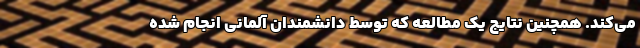
می‌کند. همچنین نتایج یک مطالعه که توسط دانشمندان آلمانی انجام شده